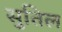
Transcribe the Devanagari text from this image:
सुतिल